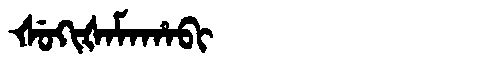
Manchu: ᡧᡠᡴᡳᡧᠠᠮᠠᡥᠠᠪᡳ
Romanization: ŠUKIŠAMAHABI